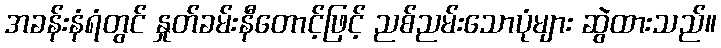
အခန်းနံရံတွင် နှုတ်ခမ်းနီတောင့်ဖြင့် ညစ်ညမ်းသောပုံများ ဆွဲထားသည်။